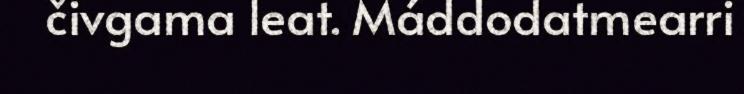
čivgama leat. Máddodatmearri